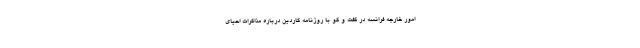
امور خارجه فرانسه در گفت و گو با روزنامه گاردین درباره مذاکرات احیای